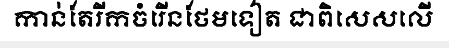
កាន់តែរីកចំរើនថែមទៀត ជាពិសេសលើ